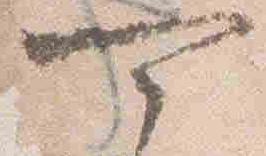
可